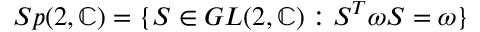
S p ( 2 , \mathbb { C } ) = \{ S \in G L ( 2 , \mathbb { C } ) : S ^ { T } \omega S = \omega \}